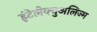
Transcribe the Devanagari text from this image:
इंटेलेक्चुअलिज्म